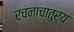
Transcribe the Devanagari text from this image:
रचनाचातुर्य